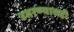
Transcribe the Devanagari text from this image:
उतरण्यासही